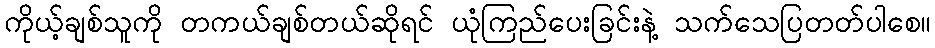
ကိုယ့်ချစ်သူကို တကယ်ချစ်တယ်ဆိုရင် ယုံကြည်ပေးခြင်းနဲ့ သက်သေပြတတ်ပါစေ။